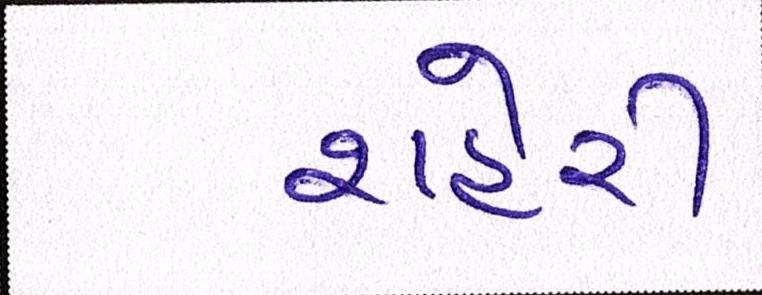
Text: શહેરી